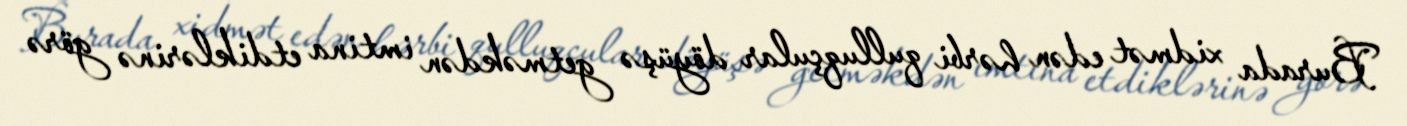
Burada xidmət edən hərbi qulluqçular döyüşə getməkdən imtina etdiklərinə görə